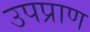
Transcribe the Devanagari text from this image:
उपप्राण